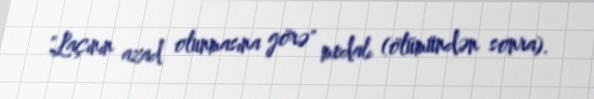
"Laçının azad olunmasına görə" medalı (ölümündən sonra).